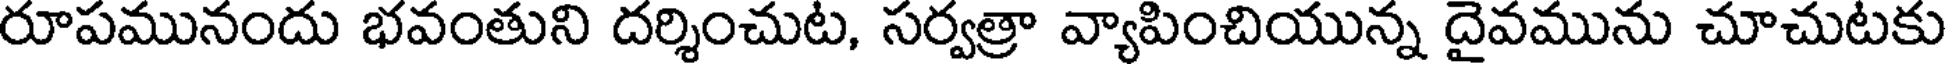
రూపమునందు భవంతుని దర్శించుట, సర్వత్రా వ్యాపించియున్న దైవమును చూచుటకు